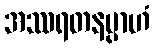
အဿရတနမ္ပာဟံ